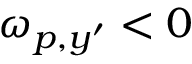
\omega _ { p , y ^ { \prime } } < 0